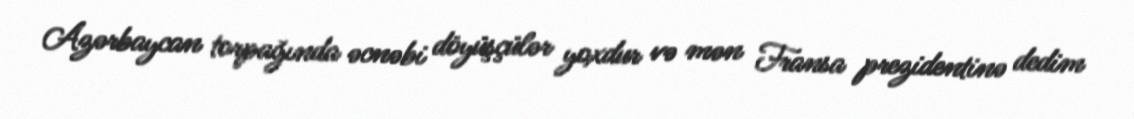
Azərbaycan torpağında əcnəbi döyüşçülər yoxdur və mən Fransa prezidentinə dedim